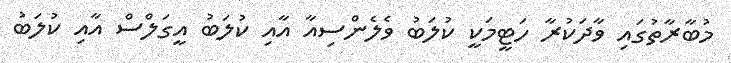
މުބާރާތުގައި ވާދަކުރާ ހަޓީމަކީ ކުލަބު ވެލެންސިއާ އާއި ކުލަބު އީގަލްސް އާއި ކުލަބު